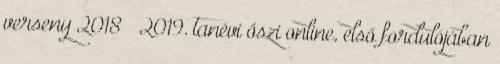
verseny 2018 2019. tanévi őszi online, első fordulójában